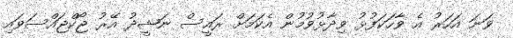
ވަނަ އަހަރު އެ ވާހަކަފުޅު ވިދާޅުވުމުން އެކަމަށް ރައީސް ނަޝީދު އޭރު ޖޯކްޖައްސަވައި